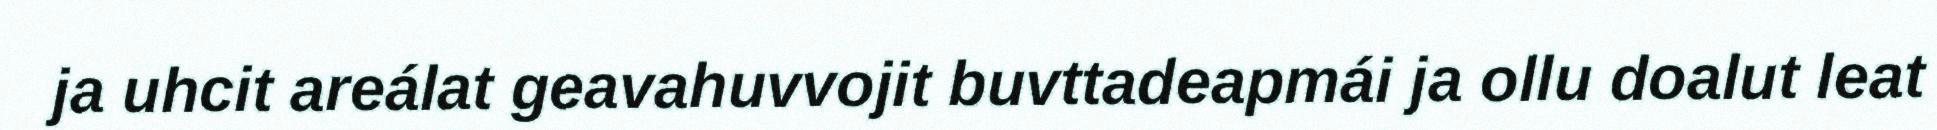
ja uhcit areálat geavahuvvojit buvttadeapmái ja ollu doalut leat